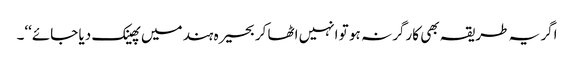
اگر یہ طریقہ بھی کارگر نہ ہو تو انہیں اٹھا کر بحیرہ ہند میں پھینک دیا جائے‘‘۔